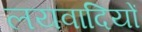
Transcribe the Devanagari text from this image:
लयवादियों